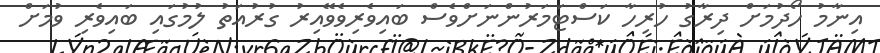
އިނާމު ހޯދުމަށް ދިރާގު ހުރިހާ ކަސްޓަމަރުންނަށްވެސް ބައިވެރިވެވޭއިރު ގުރުއަތު ލުމުގައި ބައިވެރި ވުމަށް